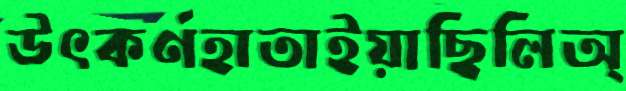
উৎকর্ণহাতাইয়াছিলিঅ্